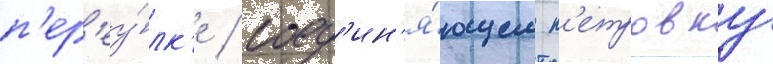
п'ер'еу́лк'е / соед'ин'я́ющем п'етровку